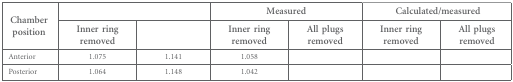
<table><thead><tr><td rowspan="2"><b>Chamber position</b></td><td colspan="2">[EMPTY_CELL]</td><td colspan="2"><b>Measured</b></td><td colspan="2"><b>Calculated/measured</b></td></tr><tr><td><b>Inner ring removed</b></td><td>[EMPTY_CELL]</td><td><b>Inner ring removed</b></td><td><b>All plugs removed</b></td><td><b>Inner ring removed</b></td><td><b>All plugs removed</b></td></tr></thead><tbody><tr><td>Anterior</td><td>1.075</td><td>1.141</td><td>1.058</td><td>[EMPTY_CELL]</td><td>[EMPTY_CELL]</td><td>[EMPTY_CELL]</td></tr><tr><td>Posterior</td><td>1.064</td><td>1.148</td><td>1.042</td><td>[EMPTY_CELL]</td><td>[EMPTY_CELL]</td><td>[EMPTY_CELL]</td></tr></tbody></table>